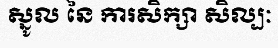
ស្នូល នៃ ការសិក្សា សិល្បៈ